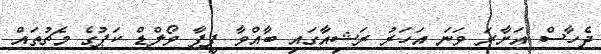
ދެހާސް އަށާރަ ވަނަ އަހަރު ރަޝިއާގައި ބާއްވާ ފީފާ ވޯލްޑް ކަޕުގެ މެޗުތައް